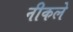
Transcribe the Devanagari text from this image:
नीकले